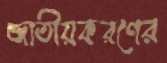
জাতীয়করণের